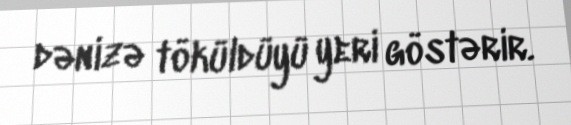
dənizə töküldüyü yeri göstərir.